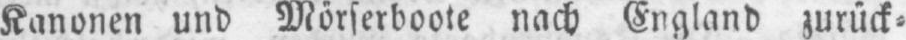
Kanonen und Mörserboote nach England zurück⸗